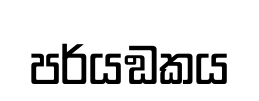
පර්යඞකය